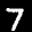
Label: 7